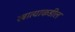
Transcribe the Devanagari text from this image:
खात्याकडील